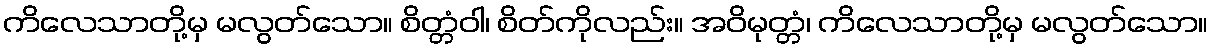
ကိလေသာတို့မှ မလွတ်သော။ စိတ္တံဝါ၊ စိတ်ကိုလည်း။ အဝိမုတ္တံ၊ ကိလေသာတို့မှ မလွတ်သော။